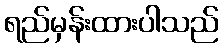
ရည်မှန်းထားပါသည်